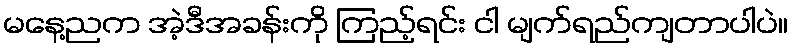
မနေ့ညက အဲ့ဒီအခန်းကို ကြည့်ရင်း ငါ မျက်ရည်ကျတာပါပဲ။